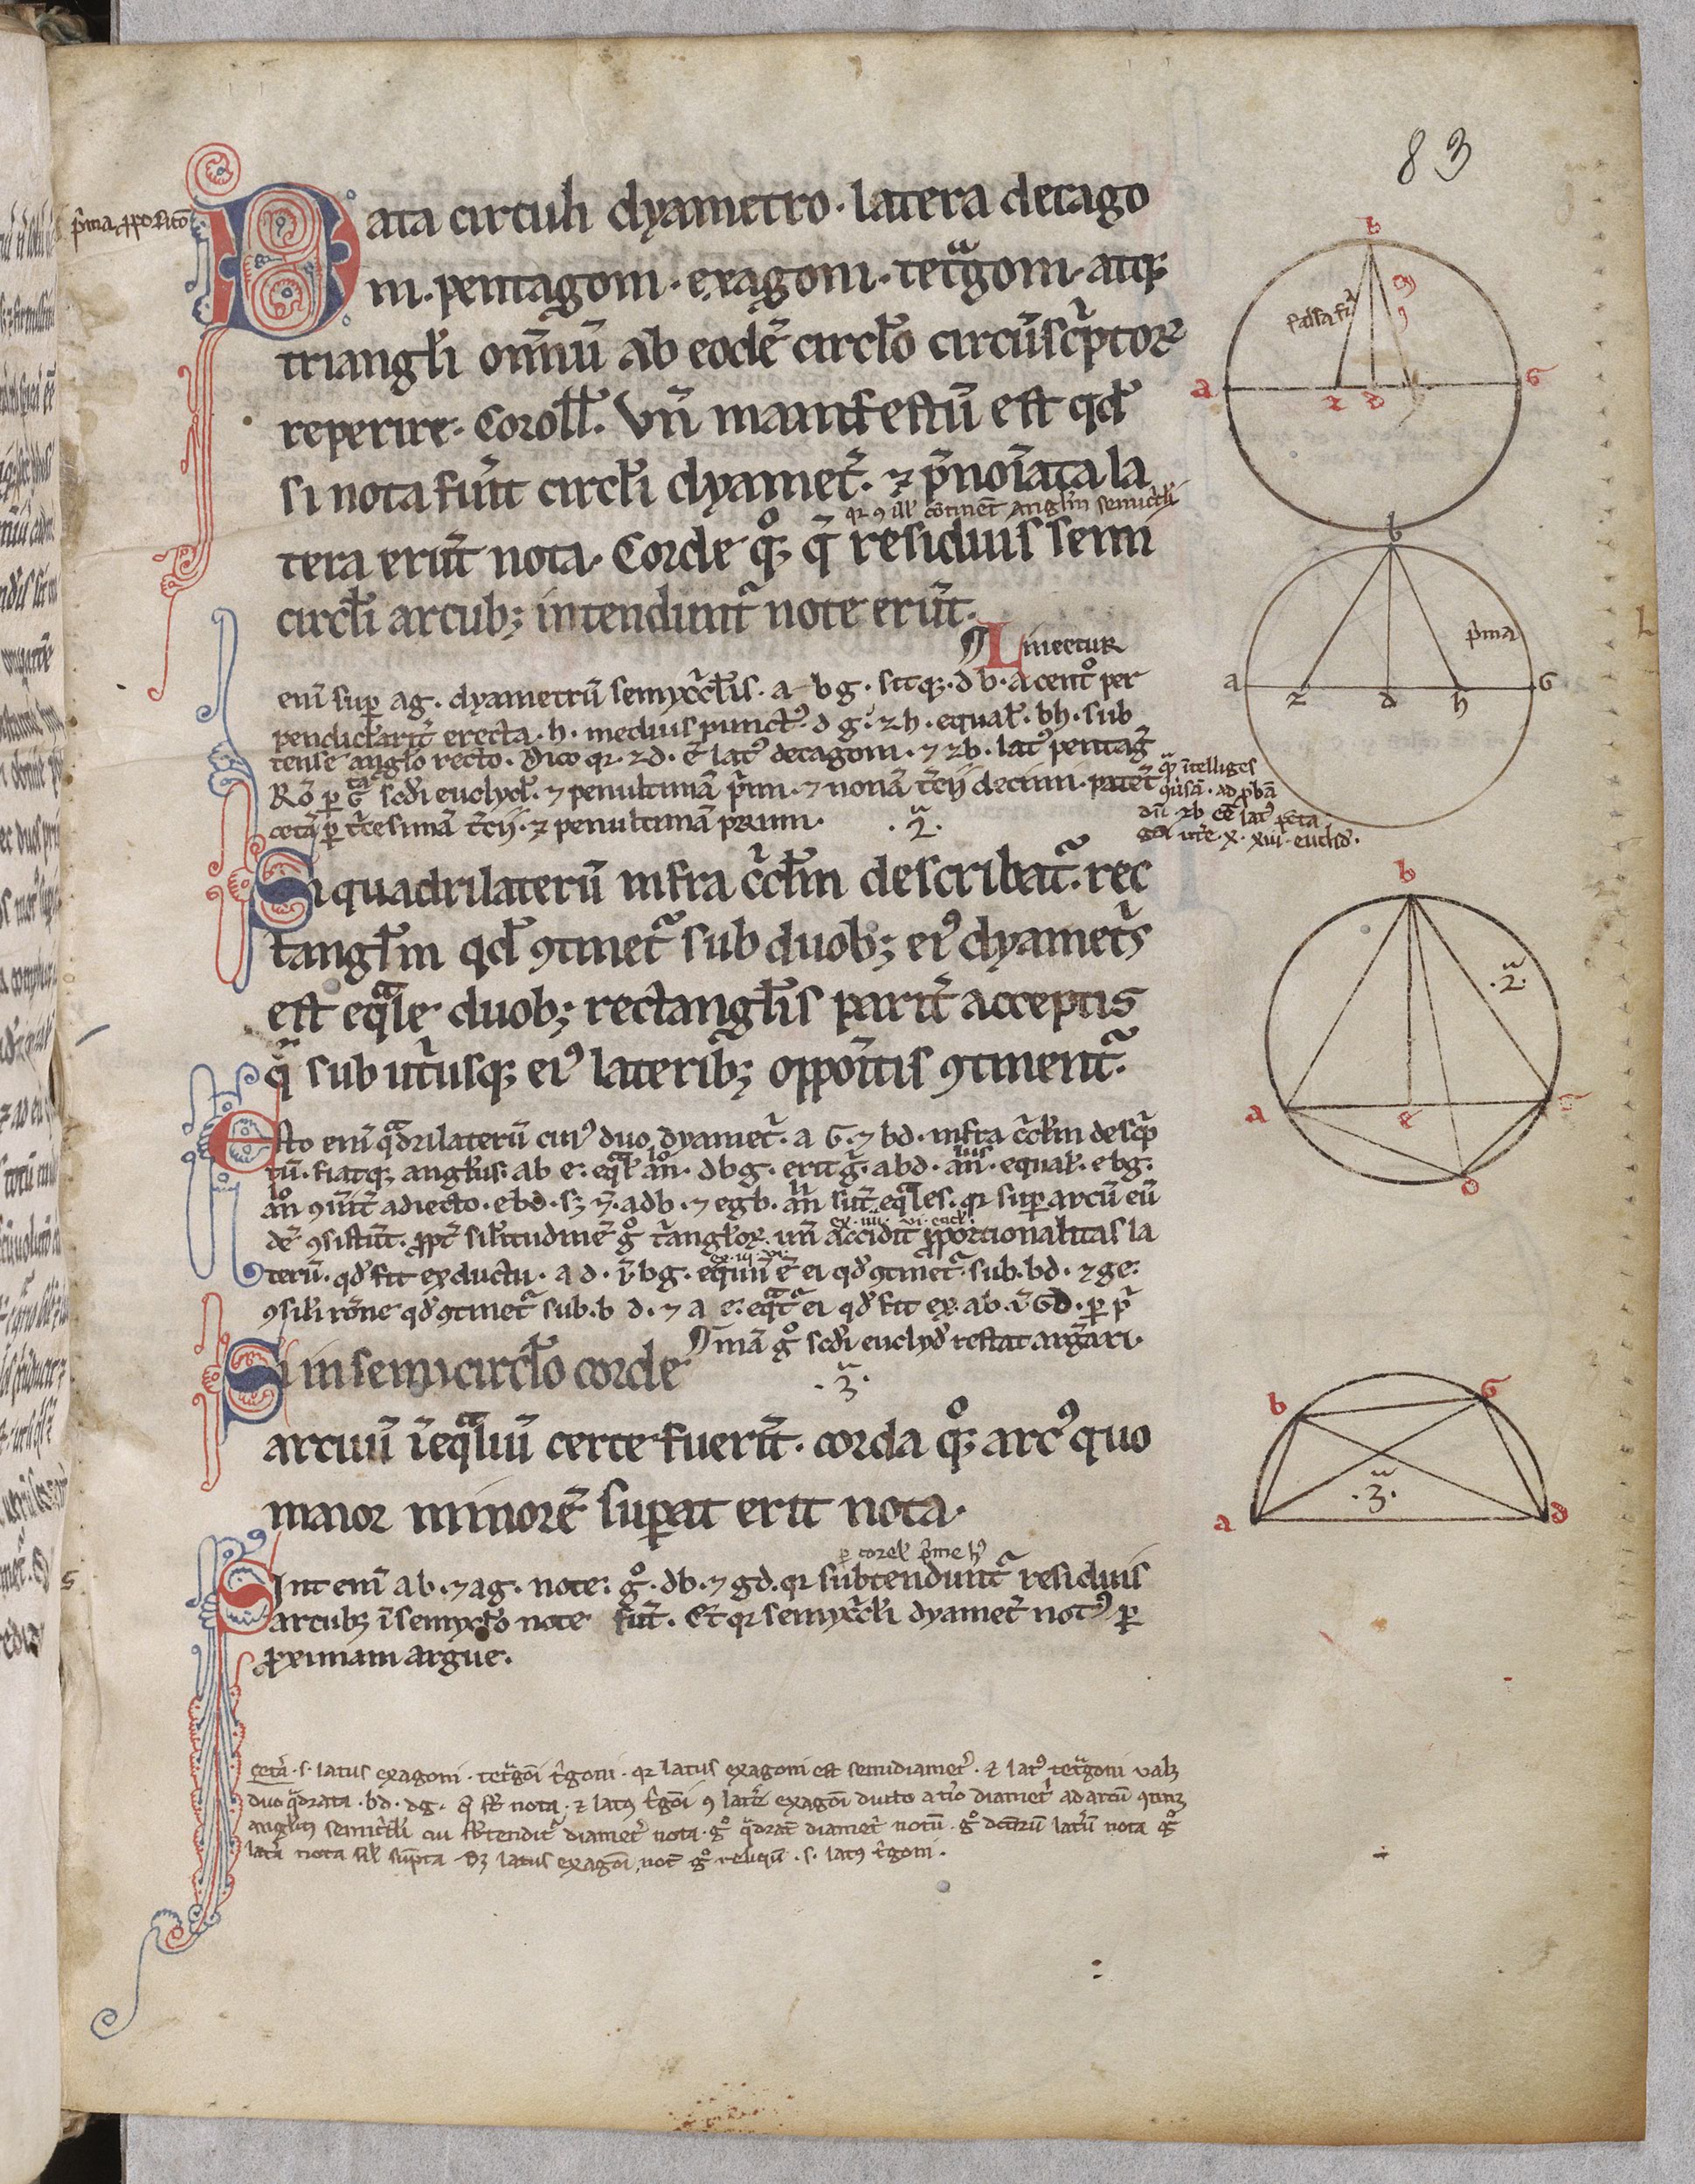
Shelfmark: Paris, BnF, lat. 16657
Century: 13